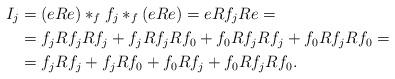
LaTeX: \begin{align*}I_j &=(eRe)\ast_f f_j \ast_f (eRe)=eRf_jRe= \\&= f_jRf_jRf_j+f_jRf_jRf_0+f_0Rf_jRf_j+f_0Rf_jRf_0= \\&= f_jRf_j+f_jRf_0+f_0Rf_j+f_0Rf_jRf_0 .\end{align*}